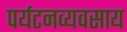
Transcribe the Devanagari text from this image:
पर्यटनव्यवसाय